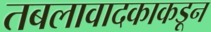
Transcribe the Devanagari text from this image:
तबलावादकाकडून